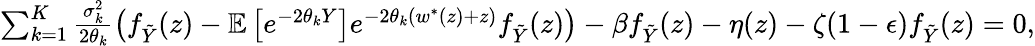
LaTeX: \begin{array}{r}{\sum_{k=1}^{K}\frac{\sigma_{k}^{2}}{2\theta_{k}}\left(f_{\tilde{Y}}(z)-{\mathbb{E}}\left[e^{-2\theta_{k}Y}\right]e^{-2\theta_{k}(w^{*}(z)+z)}f_{\tilde{Y}}(z)\right)-\beta f_{\tilde{Y}}(z)-\eta(z)-\zeta(1-\epsilon)f_{\tilde{Y}}(z)=0,}\end{array}